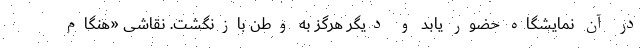
در آن نمایشگاه حضور یابد و دیگر هرگز به وطن بازنگشت. نقاشی «هنگام